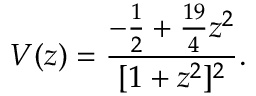
V ( z ) = \frac { - \frac { 1 } { 2 } + \frac { 1 9 } { 4 } z ^ { 2 } } { [ 1 + z ^ { 2 } ] ^ { 2 } } .